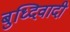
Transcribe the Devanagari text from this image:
बुध्दिवादी